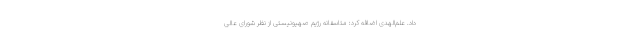
داد. علم‌الهدی اضافه کرد: متاسفانه رژیم صهیونیستی از نظر شورای عالی